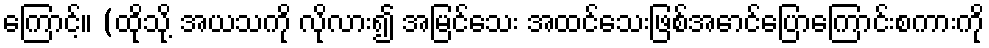
ကြောင့်။ (ထိုသို့ အယသကို လိုလား၍ အမြင်သေး အထင်သေးဖြစ်အောင်ပြောကြောင်းစကားကို